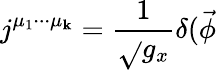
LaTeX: j^{\mu_{1}\cdot\cdot\cdot\mu_{\mathbf{k}}}=\frac{1}{{\sqrt{}{{g_{x}}}}}\delta(\vec{{\phi}}